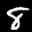
Label: 8